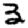
Digit: 3